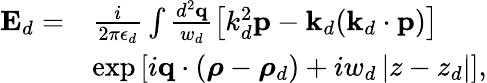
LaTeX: \begin{array}{rl}{\mathbf{E}_{d}=}&{\frac{i}{2\pi\epsilon_{d}}\int\frac{d^{2}\mathbf{q}}{w_{d}}\left[k_{d}^{2}\mathbf{p}-\mathbf{k}_{d}(\mathbf{k}_{d}\cdot\mathbf{p})\right]}\\ &{\exp\left[i\mathbf{q}\cdot\left(\boldsymbol{\rho}-\boldsymbol{\rho}_{d}\right)+iw_{d}\left\vert z-z_{d}\right\vert\right],}\end{array}